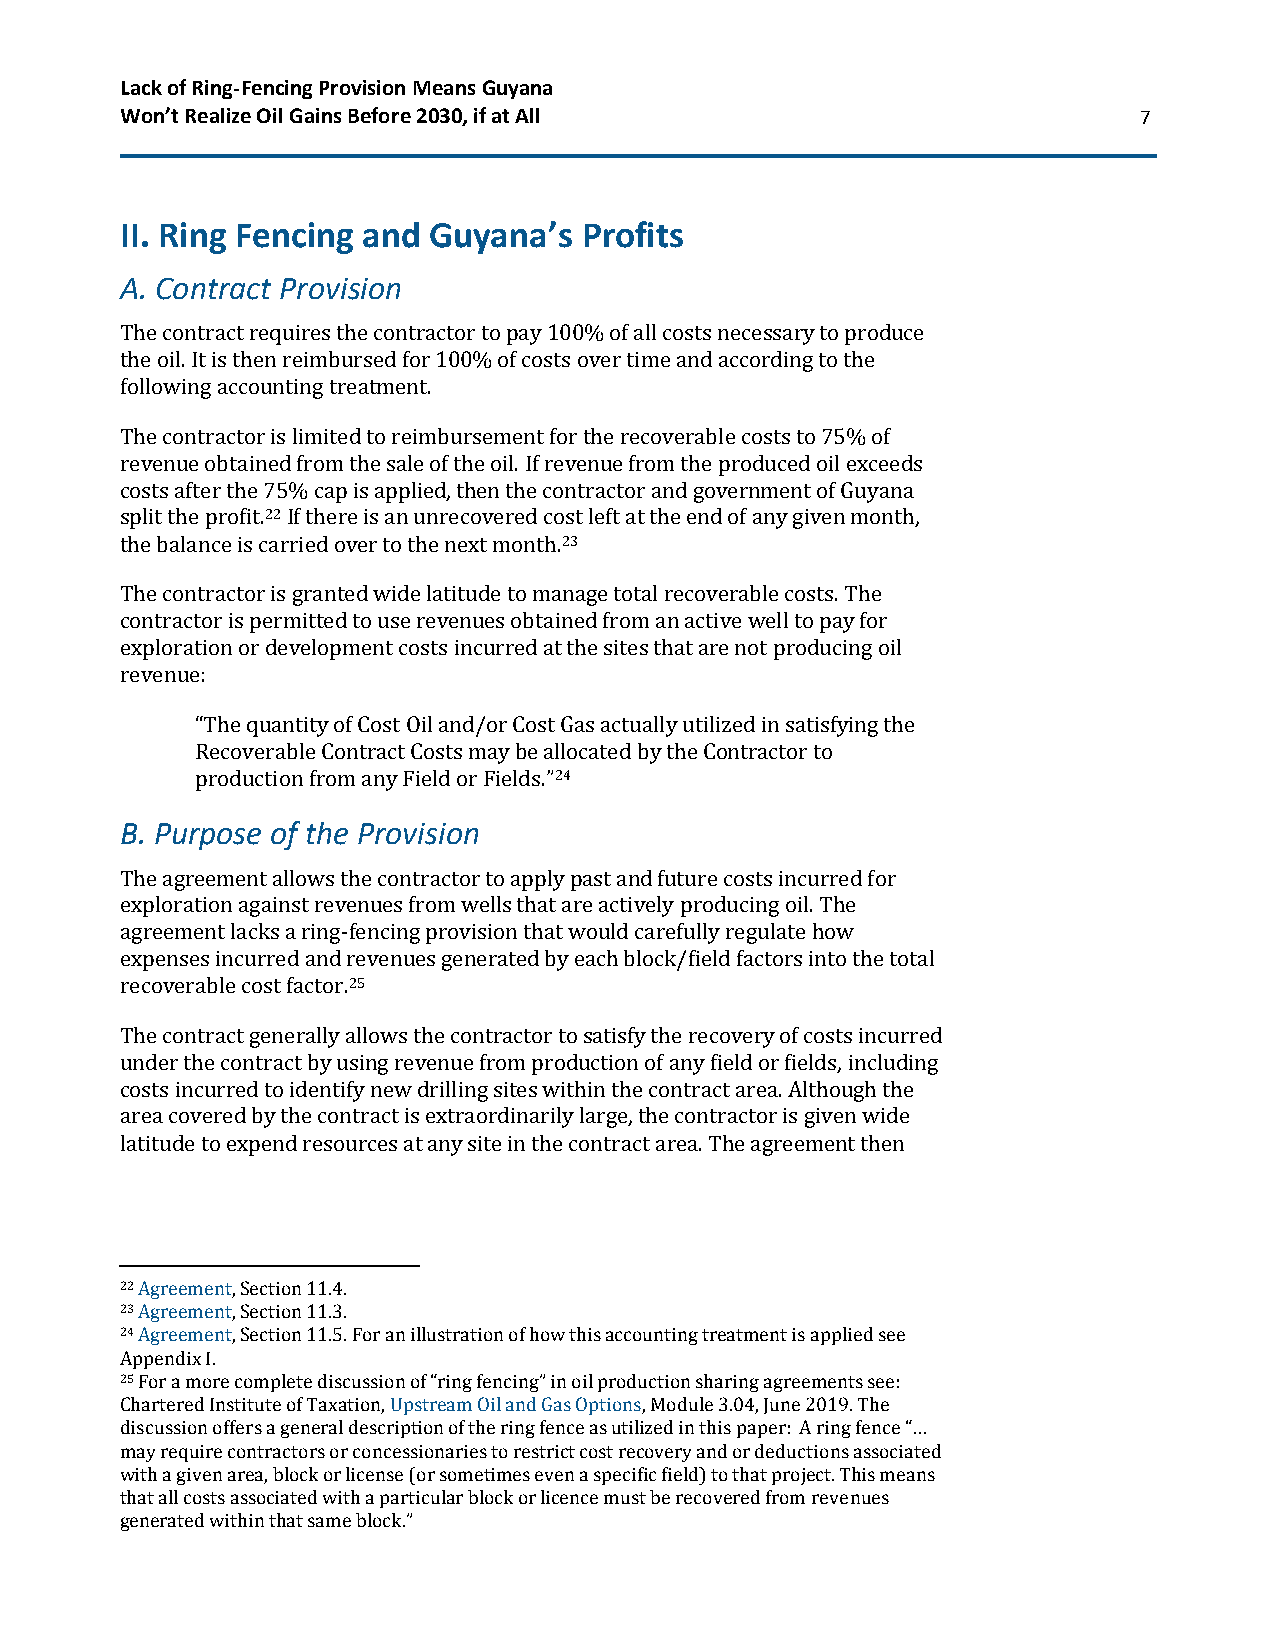
Lack of Ring-Fencing Provision Means Guyana
 Won’t Realize Oil Gains Before 2030, if at All                     7
 II. Ring Fencing and Guyana’s  Profits
 A. Contract Provision
 The contract requires the contractor to pay 100% of all costs necessary to produce
 the oil. It is then reimbursed for 100% of costs over time and according to the
 following accounting treatment.
 The contractor is limited to reimbursement for the recoverable costs to 75% of
 revenue obtained from the sale of the oil. If revenue from the produced oil exceeds
 costs after the 75% cap is applied, then the contractor and government of Guyana
 split the profit.22 If there is an unrecovered cost left at the end of any given month,
 the balance is carried over to the next month.23
 The contractor is granted wide latitude to manage total recoverable costs. The
 contractor is permitted to use revenues obtained from an active well to pay for
 exploration or development costs incurred at the sites that are not producing oil
 revenue:
 “The quantity of Cost Oil and/or Cost Gas actually utilized in satisfying the
 Recoverable Contract Costs may be allocated by the Contractor to
 production from any Field or Fields.”24
 B. Purpose of the Provision
 The agreement allows the contractor to apply past and future costs incurred for
 exploration against revenues from wells that are actively producing oil. The
 agreement lacks a ring-fencing provision that would carefully regulate how
 expenses incurred and revenues generated by each block/field factors into the total
 recoverable cost factor.25
 The contract generally allows the contractor to satisfy the recovery of costs incurred
 under the contract by using revenue from production of any field or fields, including
 costs incurred to identify new drilling sites within the contract area. Although the
 area covered by the contract is extraordinarily large, the contractor is given wide
 latitude to expend resources at any site in the contract area. The agreement then
 22 Agreement, Section 11.4.
 23 Agreement, Section 11.3.
 24 Agreement, Section 11.5. For an illustration of how this accounting treatment is applied see
 Appendix I.
 25 For a more complete discussion of “ring fencing” in oil production sharing agreements see:
 Chartered Institute of Taxation, Upstream Oil and Gas Options, Module 3.04, June 2019. The
 discussion offers a general description of the ring fence as utilized in this paper: A ring fence “…
 may require contractors or concessionaries to restrict cost recovery and or deductions associated
 with a given area, block or license (or sometimes even a specific field) to that project. This means
 that all costs associated with a particular block or licence must be recovered from revenues
 generated within that same block.”